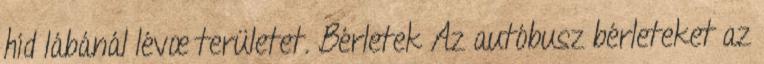
híd lábánál lévœ területet. Bérletek Az autóbusz bérleteket az